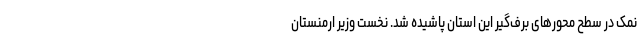
نمک در سطح محورهای برف‌گیر این استان پاشیده شد. نخست وزیر ارمنستان